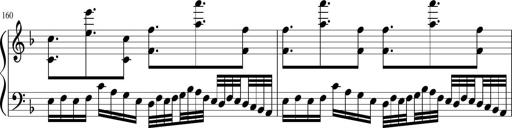
Title: Sonatina in F major
Composer: Ethan Ngo
Key: F major